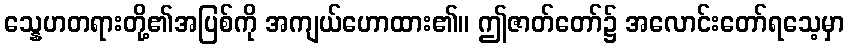
သ္နေဟတရားတို့၏အပြစ်ကို အကျယ်ဟောထား၏။ ဤဇာတ်တော်၌ အလောင်းတော်ရသေ့မှာ